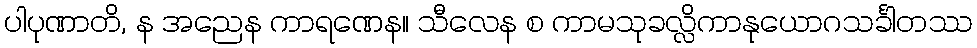
ပါပုဏာတိ, န အညေန ကာရဏေန။ သီလေန စ ကာမသုခလ္လိကာနုယောဂသင်္ခါတဿ